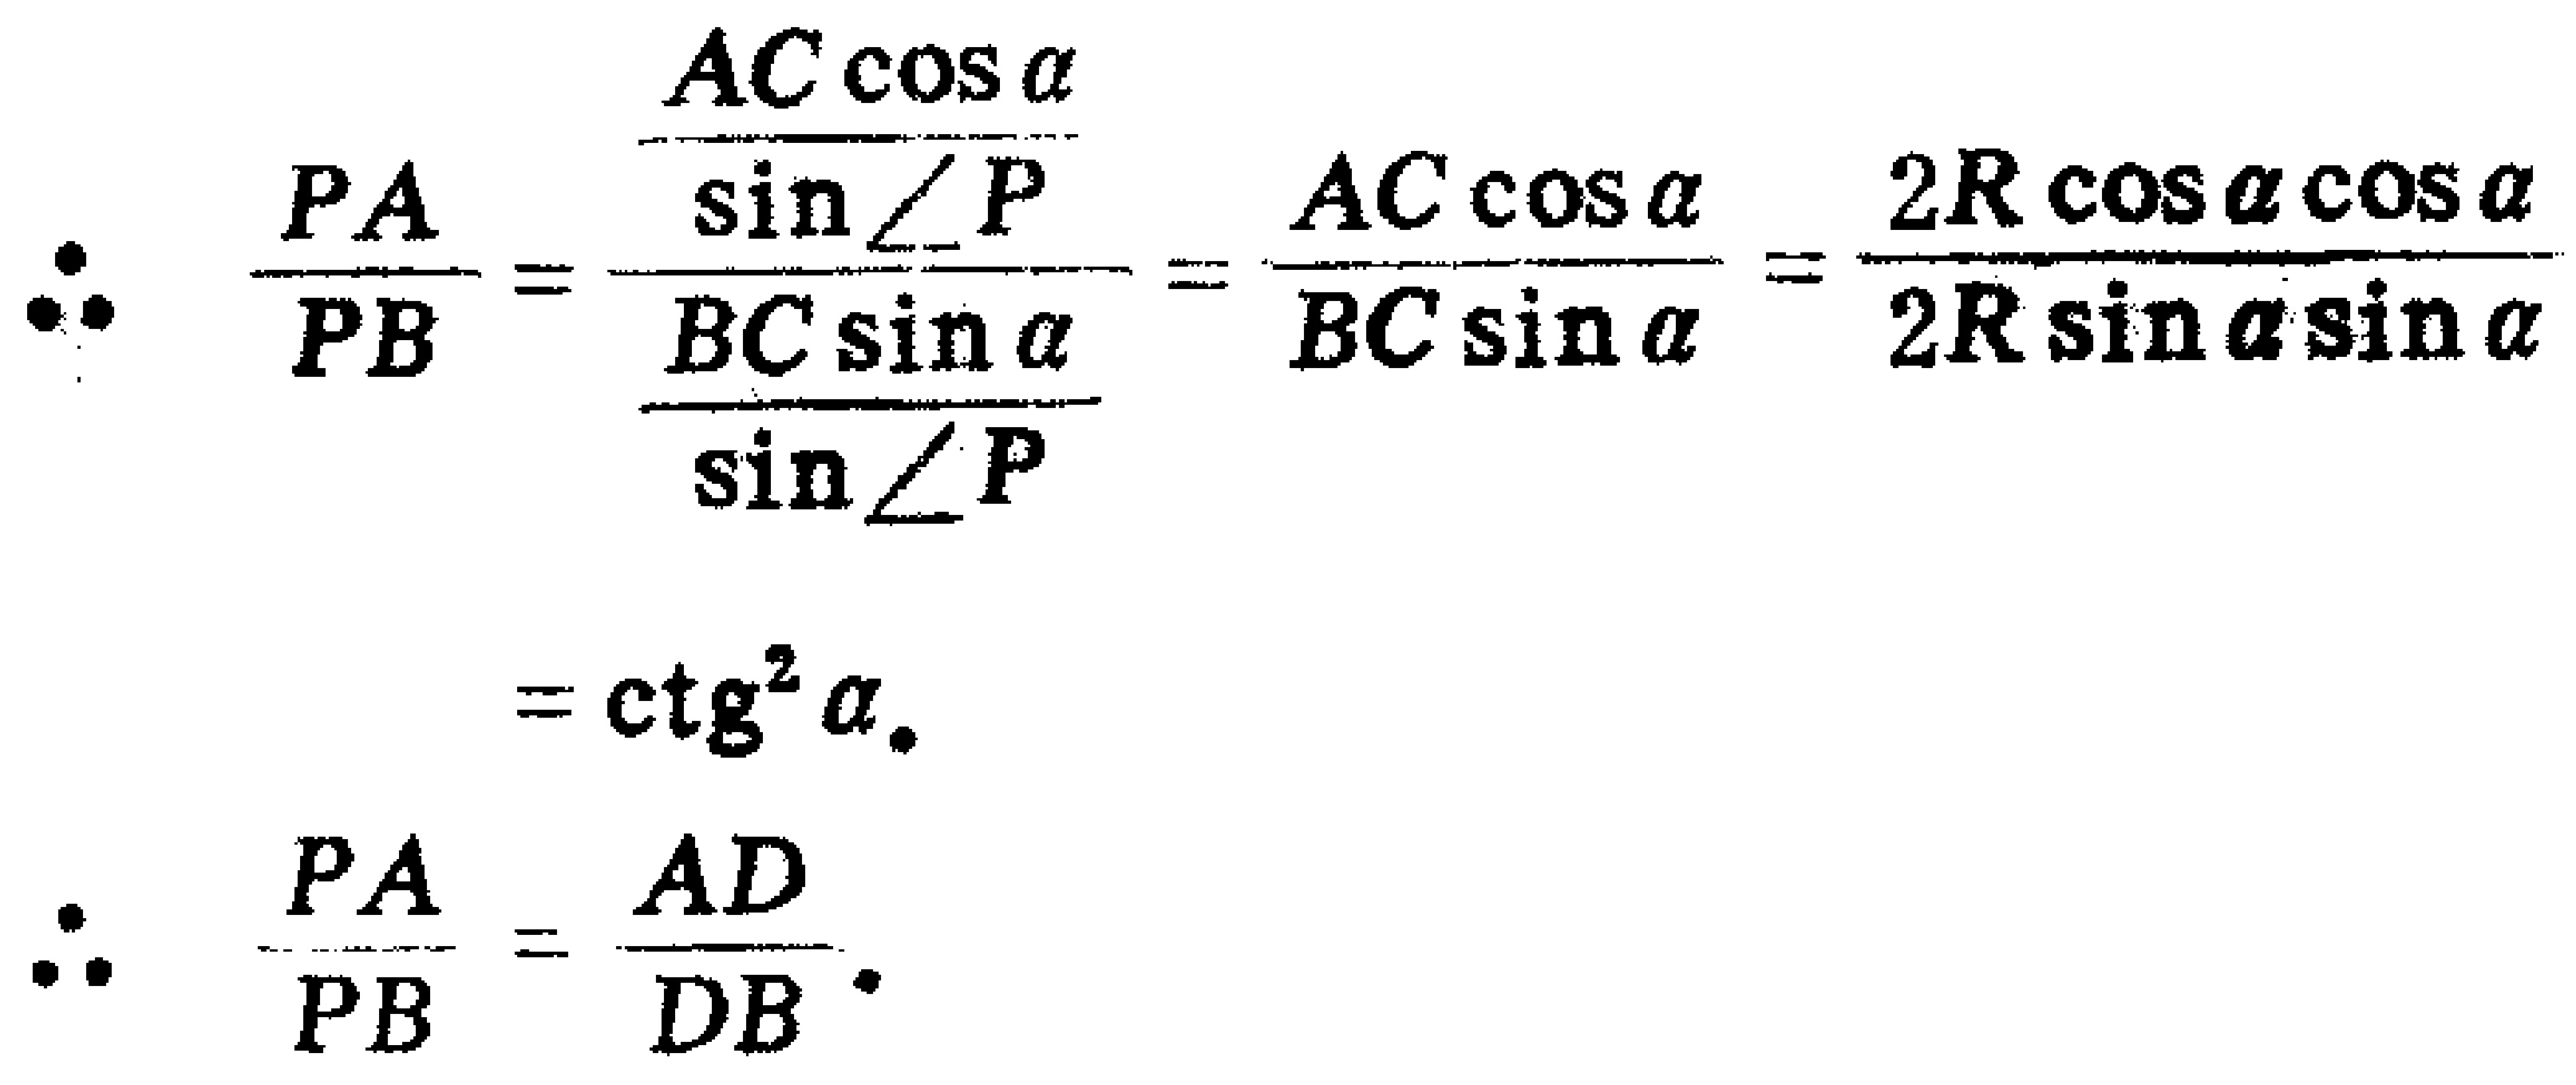
\[
\begin{align*}
\therefore\frac{PA}{PB}&=\frac{\frac{AC\cos\alpha}{\sin\angle P}}{\frac{BC\sin\alpha}{\sin\angle P}}=\frac{AC\cos\alpha}{BC\sin\alpha}=\frac{2R\cos\alpha\cos\alpha}{2R\sin\alpha\sin\alpha}\\
&=\text{ctg}^2\alpha.\\
\therefore\frac{PA}{PB}&=\frac{AD}{DB}.
\end{align*}
\]